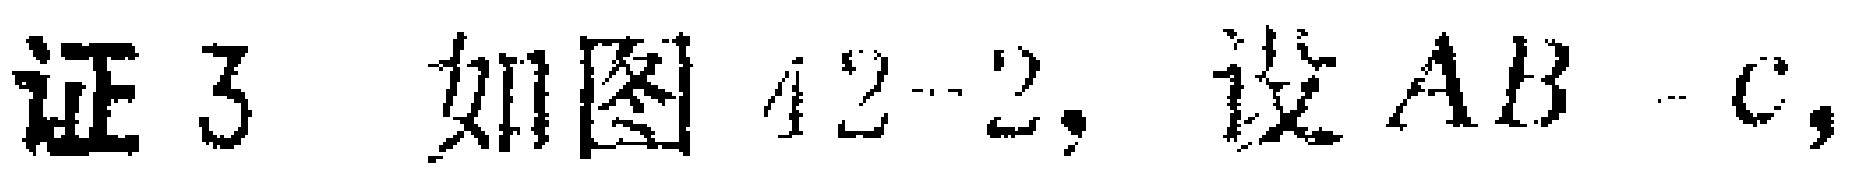
证3 如图42-2，设\(AB = c\)，